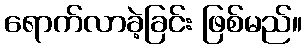
ရောက်လာခဲ့ခြင်း ဖြစ်မည်။